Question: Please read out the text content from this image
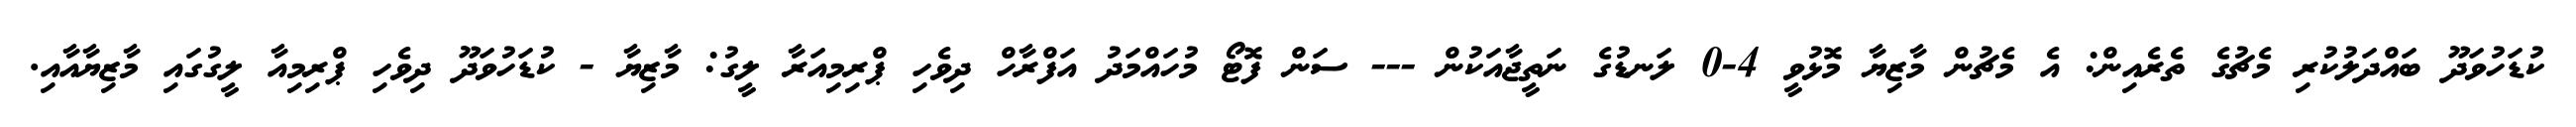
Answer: ކުޑަހުވަދޫ ބައްދަލުކުރި މެޗުގެ ތެރެއިން: އެ މެޗުން މާޒިޔާ މޮޅުވީ 4-0 ލަނޑުގެ ނަތީޖާއަކުން --- ސަން ފޮޓޯ މުހައްމަދު އަފްރާހް ދިވެހި ޕްރިމިއަރާ ލީގު: މާޒިޔާ - ކުޑަހުވަދޫ ދިވެހި ޕްރިމިއާ ލީގުގައި މާޒިޔާއާއި.